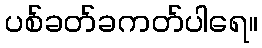
ပစ်ခတ်ခကတ်ပါရေ။